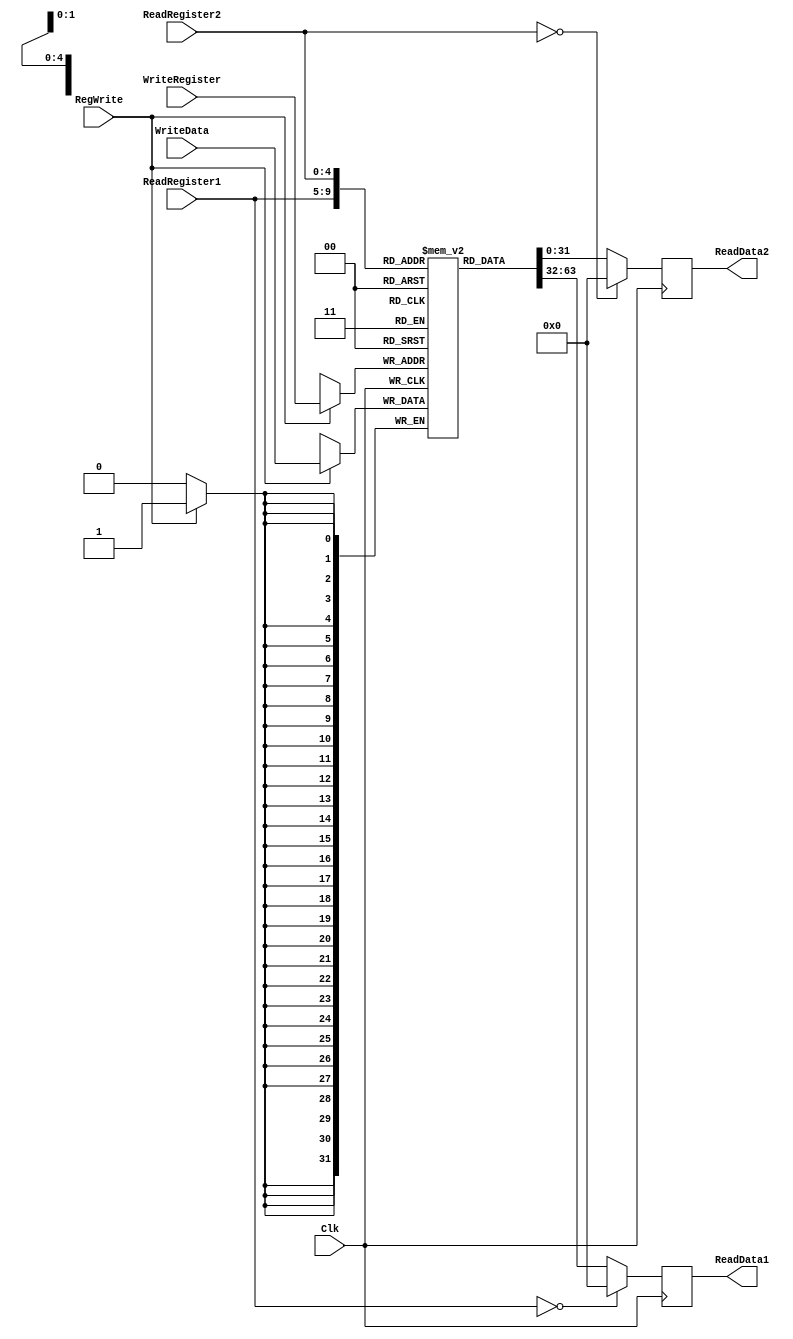
`timescale 1ns / 1ps

////////////////////////////////////////////////////////////////////////////////
// ECE369 - Computer Architecture
// 
//
//madd andi rotrv signextend byte

// Joseph Emnett 50% Jennifer Nadolski 50%
//
//
// Module - register_file.v
// Description - Implements a register file with 32 32-Bit wide registers.
//
// 
// INPUTS:-
// ReadRegister1: 5-Bit address to select a register to be read through 32-Bit 
//                output port 'ReadRegister1'.
// ReadRegister2: 5-Bit address to select a register to be read through 32-Bit 
//                output port 'ReadRegister2'.
// WriteRegister: 5-Bit address to select a register to be written through 32-Bit
//                input port 'WriteRegister'.
// WriteData: 32-Bit write input port.
// RegWrite: 1-Bit control input signal.
//
// OUTPUTS:-
// ReadData1: 32-Bit registered output. 
// ReadData2: 32-Bit registered output. 
//
// FUNCTIONALITY:-
// 'ReadRegister1' and 'ReadRegister2' are two 5-bit addresses to read two 
// registers simultaneously. The two 32-bit data sets are available on ports 
// 'ReadData1' and 'ReadData2', respectively. 'ReadData1' and 'ReadData2' are 
// registered outputs (output of register file is written into these registers 
// at the falling edge of the clock). You can view it as if outputs of registers
// specified by ReadRegister1 and ReadRegister2 are written into output 
// registers ReadData1 and ReadData2 at the falling edge of the clock. 
//
// 'RegWrite' signal is high during the rising edge of the clock if the input 
// data is to be written into the register file. The contents of the register 
// specified by address 'WriteRegister' in the register file are modified at the 
// rising edge of the clock if 'RegWrite' signal is high. The D-flip flops in 
// the register file are positive-edge (rising-edge) triggered. (You have to use 
// this information to generate the write-clock properly.) 
//
// NOTE:-
// We will design the register file such that the contents of registers do not 
// change for a pre-specified time before the falling edge of the clock arrives 
// to allow for data multiplexing and setup time.
////////////////////////////////////////////////////////////////////////////////

module RegisterFile(ReadRegister1, ReadRegister2, WriteRegister, WriteData, RegWrite, Clk, ReadData1, ReadData2);

	input [4:0] ReadRegister1, ReadRegister2,WriteRegister;
	input [31:0] WriteData;
	input RegWrite;
	input Clk;
	output reg [31:0] ReadData1, ReadData2;
	reg [31:0] registerFile [0:31];
	
 always @(negedge Clk) begin
     if (ReadRegister1 ==0) begin
        ReadData1 <= 0;
     end
     else begin
         ReadData1 <= registerFile[ReadRegister1];
     end
     if(ReadRegister2==0)begin
         ReadData2 <= 0;
      end
     else begin
        ReadData2 <= registerFile[ReadRegister2];
        end
    end
    
    always @(posedge Clk)begin
            if(RegWrite==1)begin
                registerFile[WriteRegister]<=WriteData;
            end
        end


endmodule